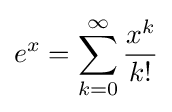
e^{x}=\sum _{k=0}^{\infty }{\frac {x^{k}}{k!}}